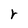
Character: r